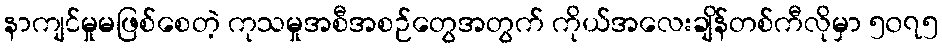
နာကျင်မှုမဖြစ်စေတဲ့ ကုသမှုအစီအစဉ်တွေအတွက် ကိုယ်အလေးချိန်တစ်ကီလိုမှာ ၅၀၇၅